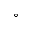
^ { \circ }